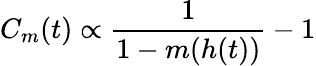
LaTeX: C_{m}(t)\propto\frac{1}{1-m(h(t))}-1